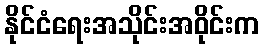
နိုင်ငံရေးအသိုင်းအဝိုင်းက